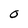
Character: 0